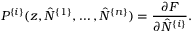
P ^ { \{ i \} } ( z , \hat { N } ^ { \{ 1 \} } , \ldots , \hat { N } ^ { \{ n \} } ) = \frac { \partial F } { \partial \hat { N } ^ { \{ i \} } } .